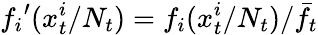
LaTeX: {f_{i}}^{\prime}(x_{t}^{i}/N_{t})=f_{i}(x_{t}^{i}/N_{t})/\bar{f}_{t}